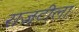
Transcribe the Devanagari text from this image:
राजटीला